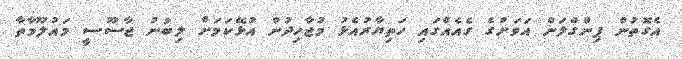
އެގޮތުން ޕިންގްލަން އަވަށުގެ ގެއެއްގައި ހަތިޔާރުއެޅު މުޖާހިދުން އުޅޭކަމަށް ލިބުނު ޖާސޫސީ މައުލޫމާތާ